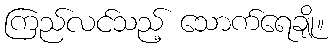
ကြည်လင်သည့် သောက်ရေချို။